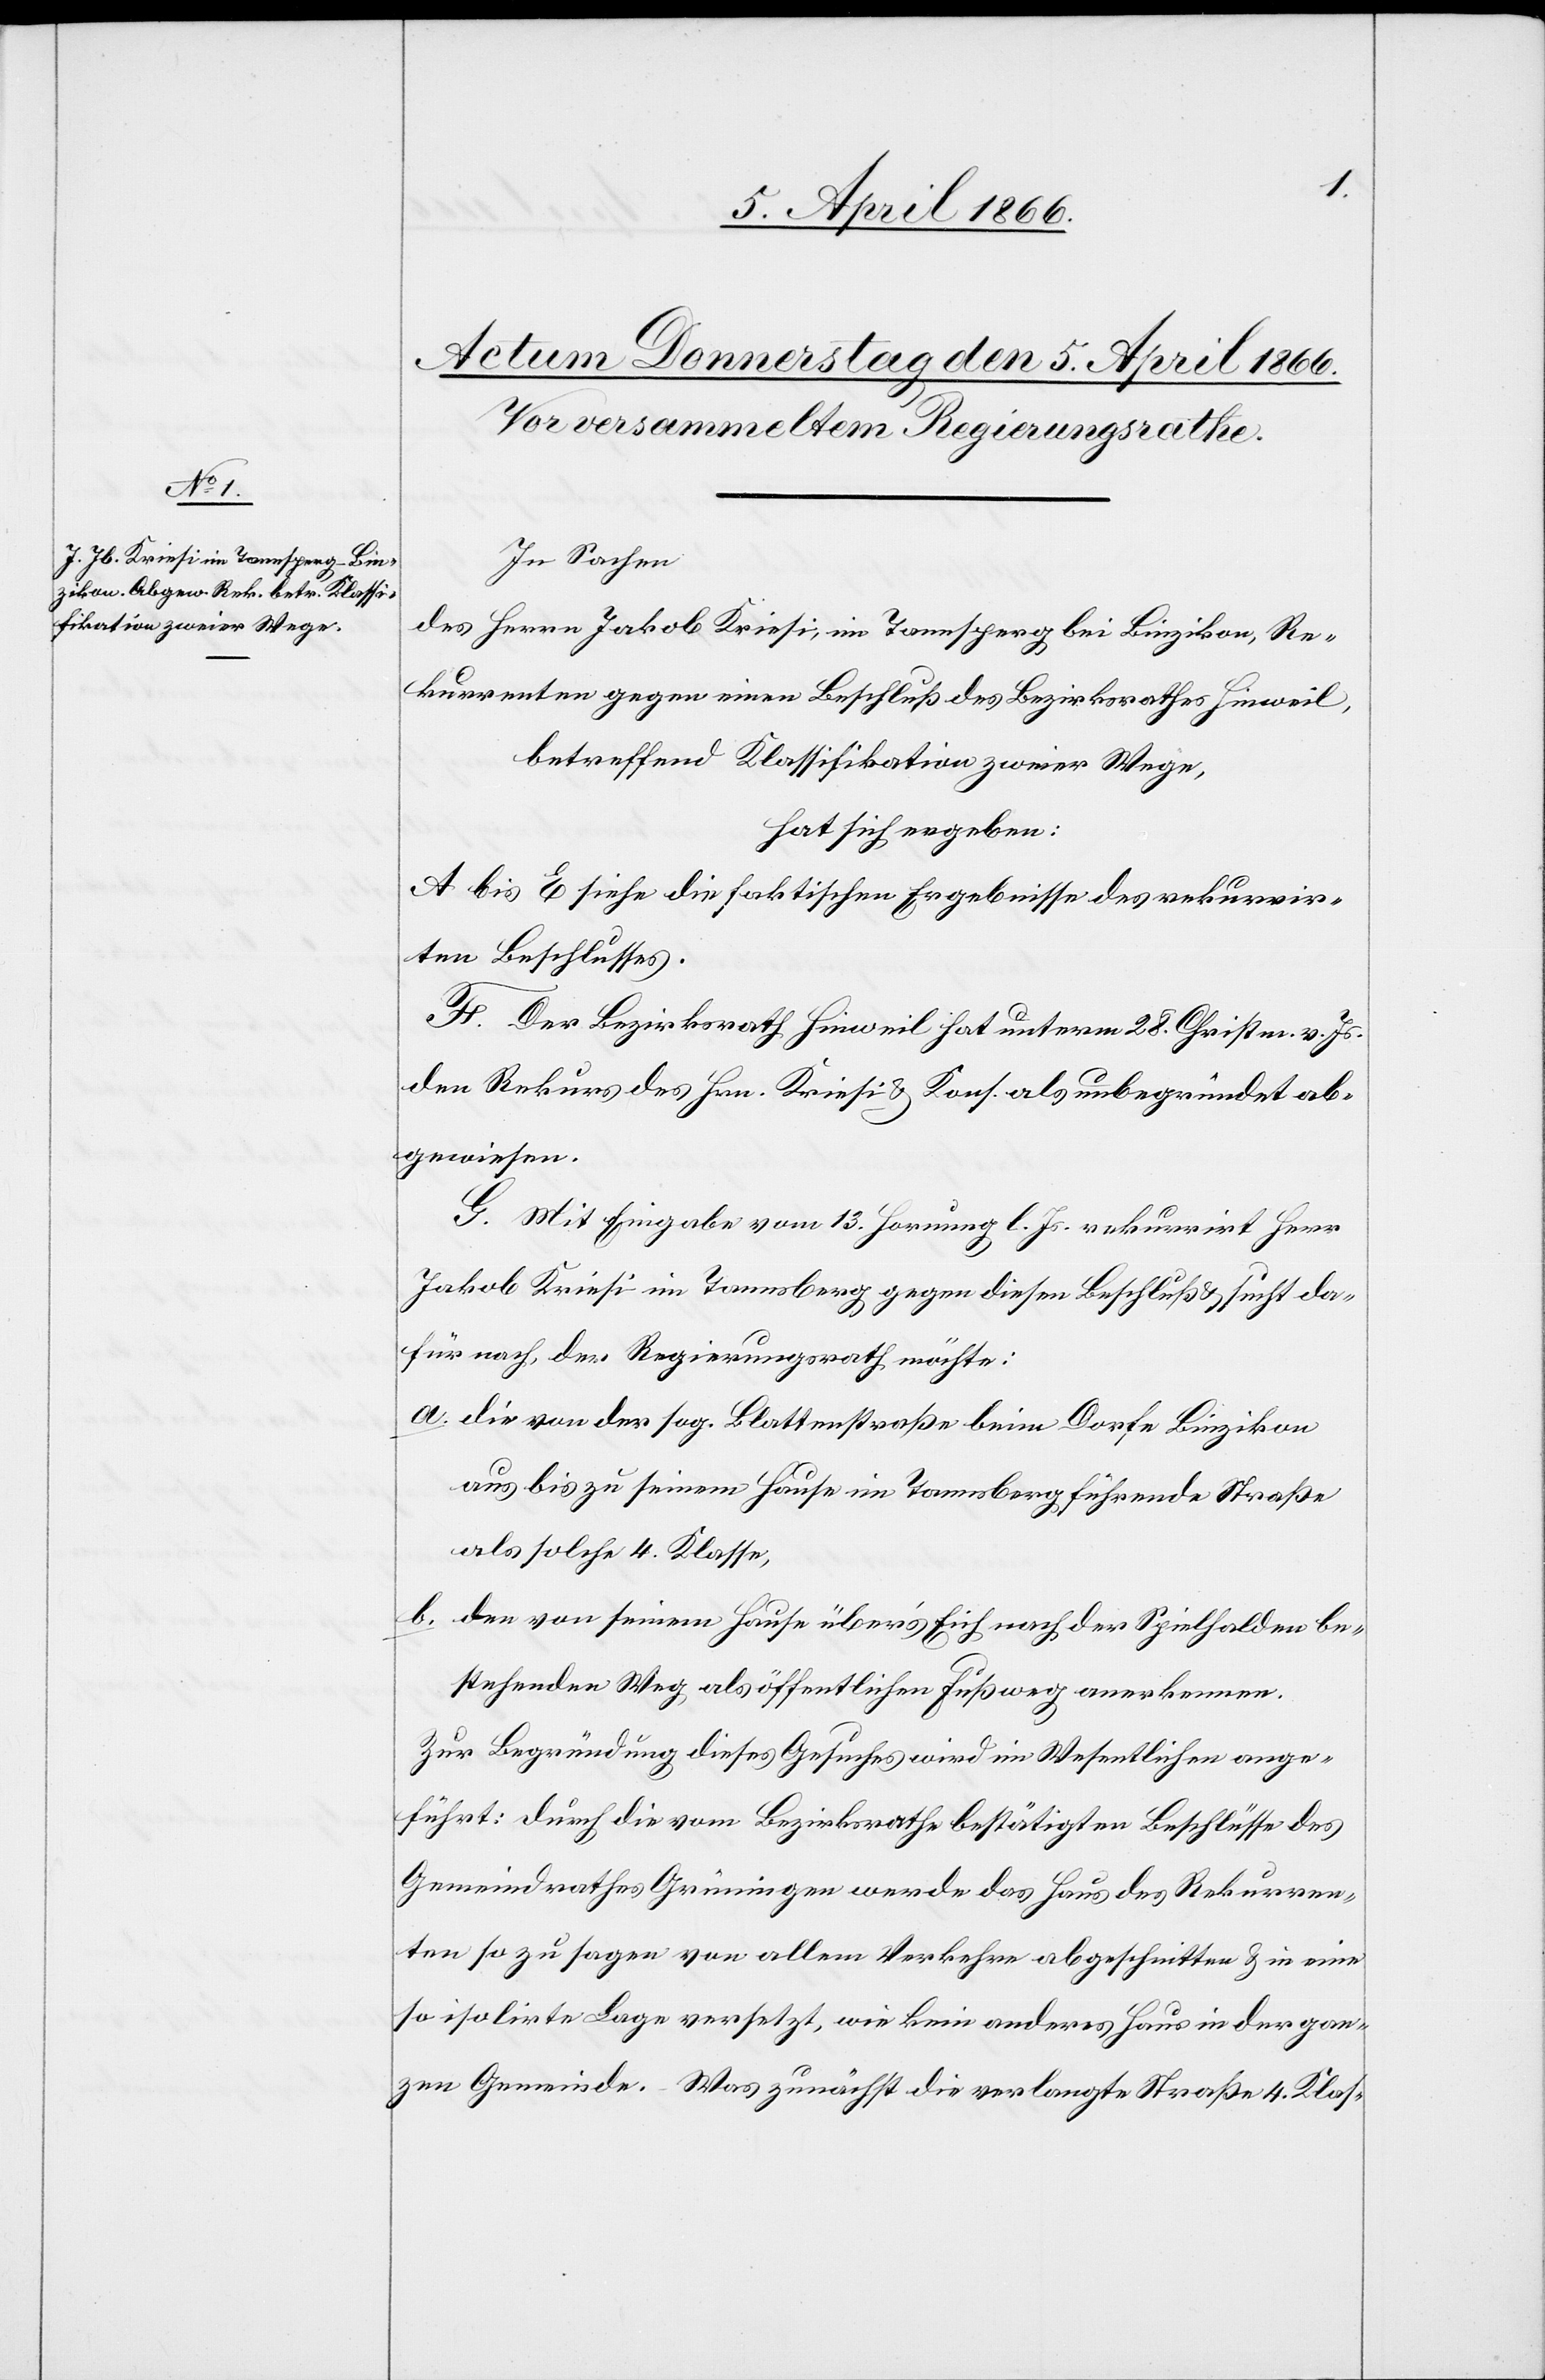
In Sachen
des Herrn Jakob Kriesi, im Tannsperg bei Binzikon, Re¬
kurrenten gegen eine Beschluß des Bezirksrathes Hinweil,
betreffend Klassifikation zweier Wege,
hat sich ergeben:
A bis E siehe die faktischen Ergebnisse des rekurrir¬
ten Beschlusses.
F. Der Bezirksrath Hinweil hat unterm 28. Christm. v. Js.
den Rekurs des Hrn. Kriesi u. Kons. als unbegründet ab¬
gewiesen.
G. Mit Eingabe vom 13. Hornung l. Js. rekurrirt Herr
Jakob Kriesi im Tannsberg [sic!] gegen diesen Beschluß u. sucht da¬
für nach, der Regierungsrath möchte:
a. die von der sog. Blattenstraße beim Dorfe Binzikon
aus bis zu seinem Hause im Tannsberg führende Straße
als solche 4. Klasse,
b. den von seinem Hause über’s Eich nach der Spielhalden be¬
stehenden Weg als öffentlichen Fußweg anerkennen.
Zur Begründung dieses Gesuches wird im Wesentlichen ange¬
führt: durch die vom Bezirksrathe bestätigten Beschlüsse des
Gemeindrathes Grüningen werde das Haus des Rekurren¬
ten so zu sagen von allem Verkehre abgeschnitten u. in eine
so isolirte Lage versetzt, wie kein anderes Haus in der gan¬
zen Gemeinde. Was zunächst die verlangte Straße 4. Klas-